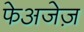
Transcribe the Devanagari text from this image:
फेअजेज़